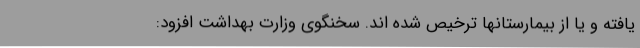
یافته و یا از بیمارستانها ترخیص شده اند. سخنگوی وزارت بهداشت افزود: